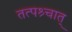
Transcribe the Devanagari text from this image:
तत्पश्र्चात्